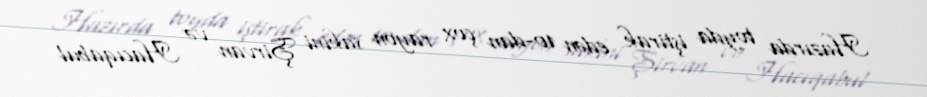
Hazırda toyda iştirak edən 10-dan çox rayon sakini Şirvan və Hacıqabul